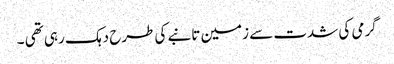
گرمی کی شدت سے زمین تانبے کی طرح دہک رہی تھی ۔